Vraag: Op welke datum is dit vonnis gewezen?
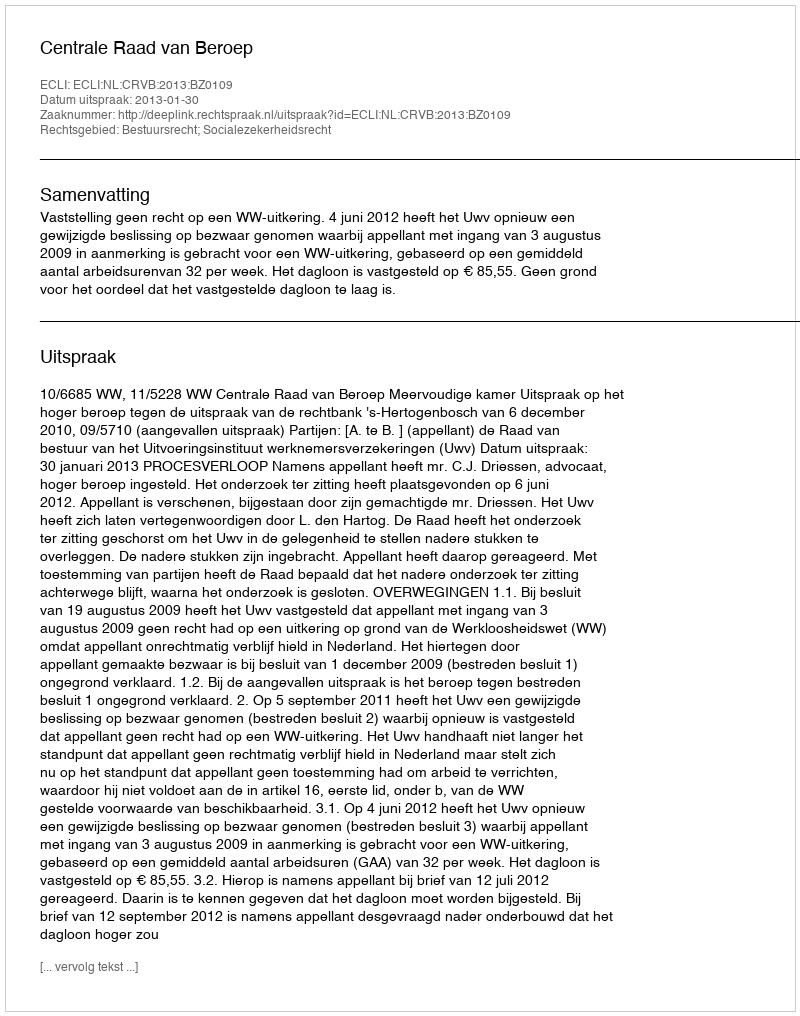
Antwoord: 2013-01-30